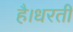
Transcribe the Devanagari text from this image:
है।धरती